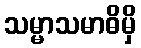
သမ္မာသမာဓိမှိ